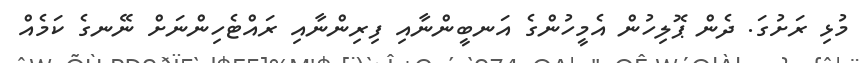
މުޅި ރަށުގަ. ދެން ޕޮލިހުން އެމީހުންގެ އަނބީންނާއި ފިރިންނާއި ރައްޓެހިންނަށް ނޭނގެ ކަމެއް